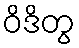
ဝိဒိတွ